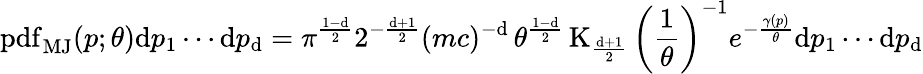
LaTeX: \operatorname{p\mathrm{d}f}_{\mathrm{{MJ}}}(p;\theta)\mathrm{{\mathrm{d}}}p_{1}\cdots\mathrm{{\mathrm{d}}}p_{\mathrm{d}}=\pi^{\frac{{1-\mathrm{d}}}{{2}}}2^{-{\frac{{\mathrm{d}+1}}{{2}}}}(mc)^{-\mathrm{d}}\, \theta^{\frac{{1-\mathrm{d}}}{{2}}}\operatorname{K}_{\frac{{\mathrm{d}+1}}{{2}}}\left({\frac{{1}}{{\theta}}}\right)^{-1}e^{-{\frac{{\gamma(p)}}{{\theta}}}}\mathrm{{\mathrm{d}}}p_{1}\cdots\mathrm{{\mathrm{d}}}p_{\mathrm{d}}